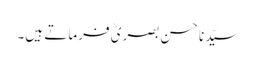
سیّدنا حسن بصریؒ فرماتے ہیں۔